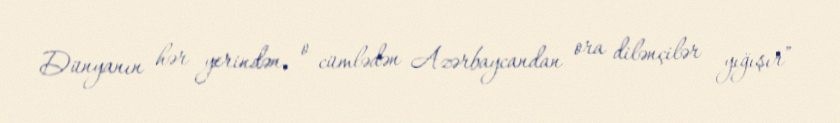
Dünyanın hər yerindən, o cümlədən Azərbaycandan ora dilənçilər yığışır”